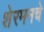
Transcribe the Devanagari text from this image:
शेरमनचे